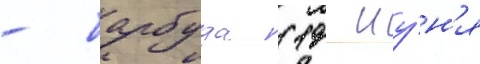
- барбуда (19 иу́н'я